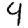
Digit: 4